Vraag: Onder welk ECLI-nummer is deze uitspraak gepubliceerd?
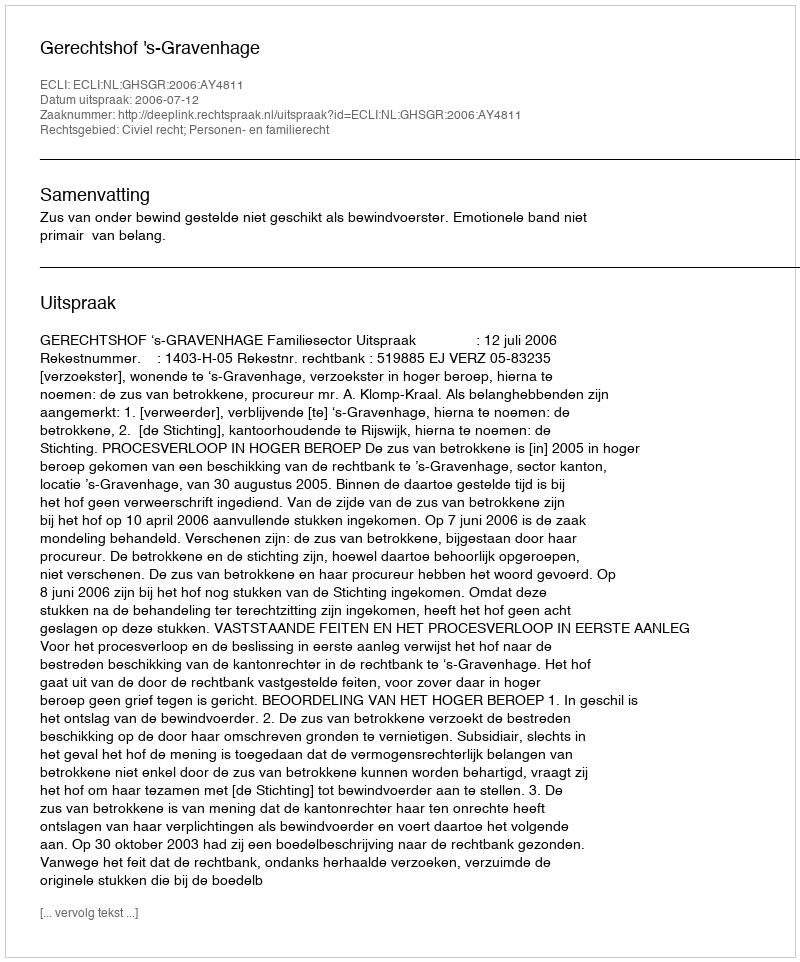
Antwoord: ECLI:NL:GHSGR:2006:AY4811